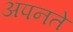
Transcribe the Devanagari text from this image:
अपनते